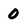
Character: 0